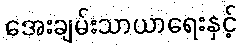
အေးချမ်းသာယာရေးနှင့်